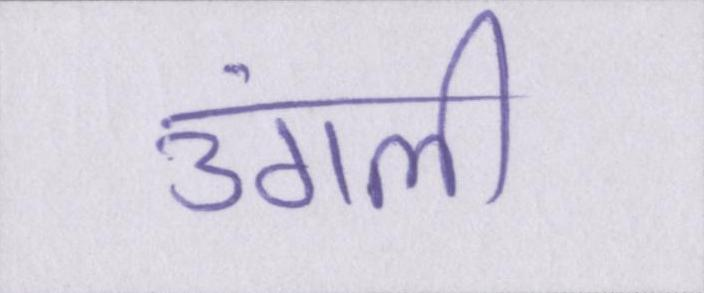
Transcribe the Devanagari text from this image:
उंगली